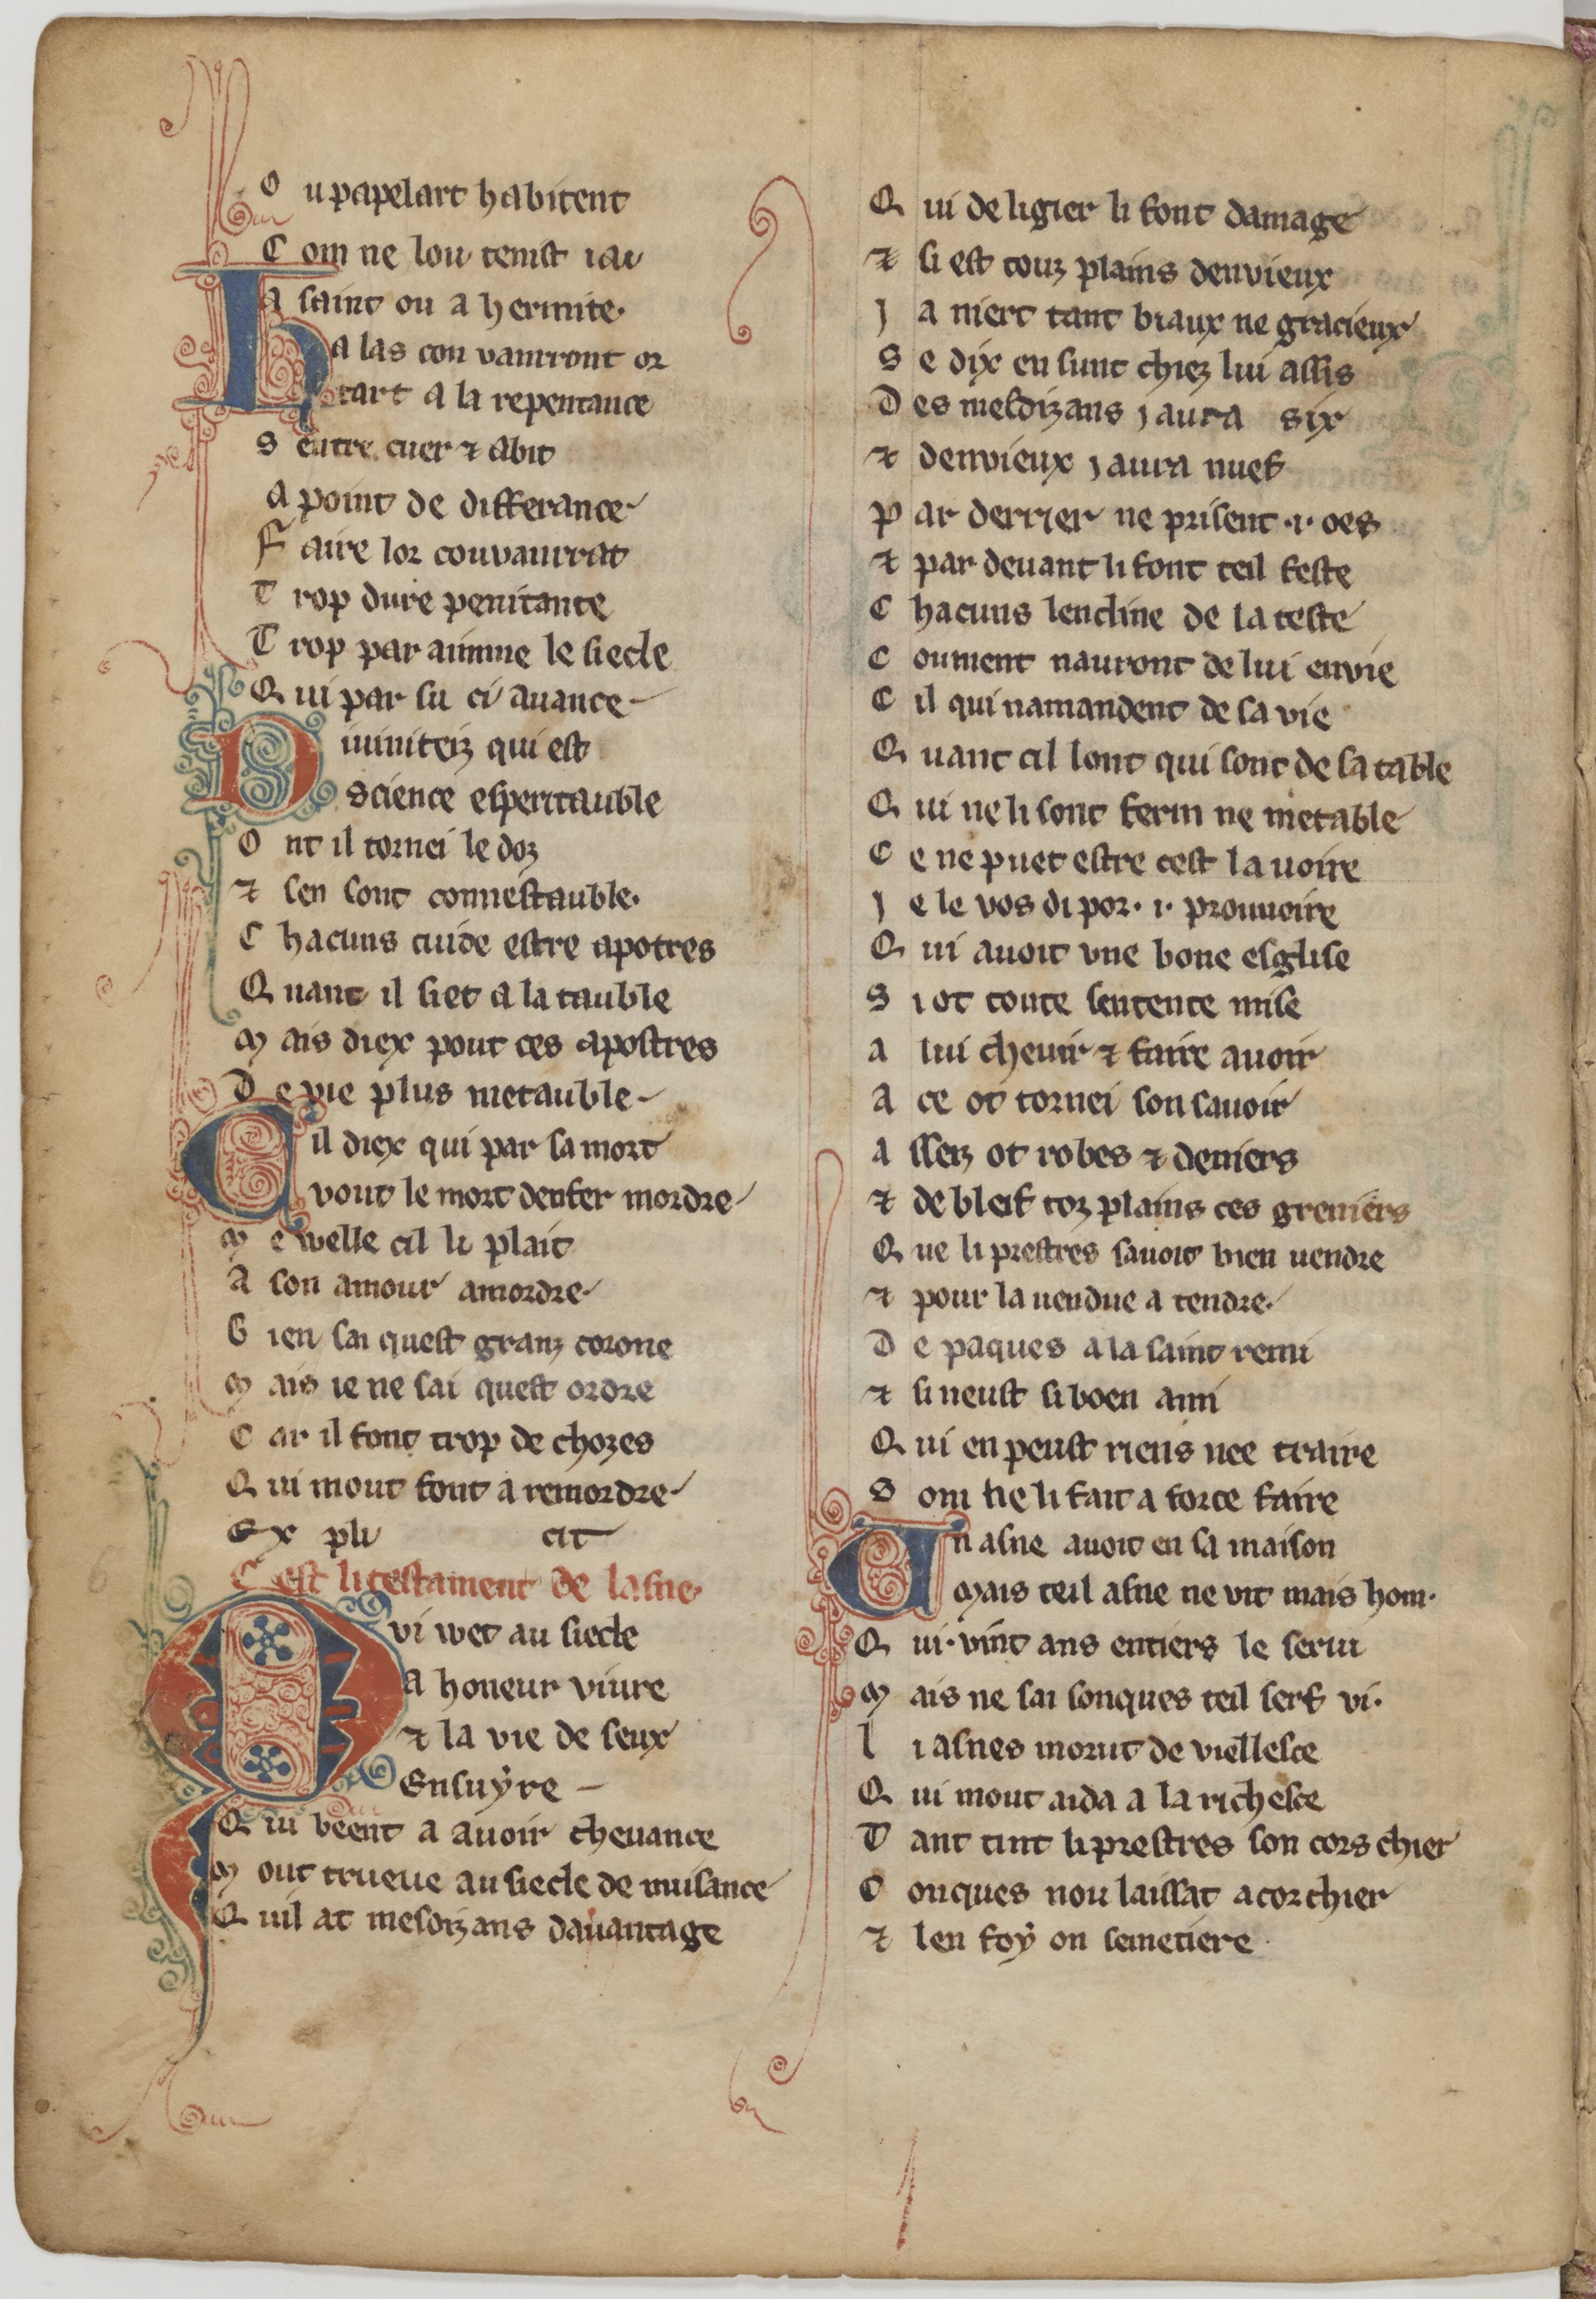
Shelfmark: Paris, BnF, fr. 1635
Century: 13